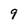
Character: 9